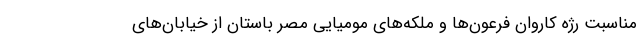
مناسبت رژه کاروان فرعون‌ها و ملکه‌های مومیایی مصر باستان از خیابان‌های